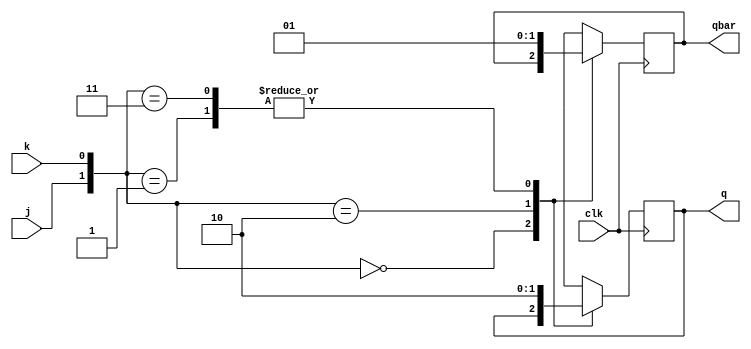
module jk_flipflop( input clk, j, k,output reg q, qbar);

    always @(posedge clk)
     begin
     q <= 1;
      qbar <= 1;
     
    case ({j, k})
            2'b00: begin
                q <= q;
                qbar <= qbar;end
            2'b01: begin
                q <= 1'b0;
                qbar <= 1'b1;end
            2'b10: begin
                q <= 1'b1;
                qbar <= 1'b0;end
            2'b11: begin
                q <= 1'b0;
                qbar <= 1'b1;end
        endcase
    end
endmodule

module jk_to_d(input clk,d,output q, qbar);
wire j, k;
assign j = d;
assign k = ~d;
jk_flipflop jkff (clk, d, q, qbar);
endmodule